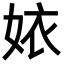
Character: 㛄